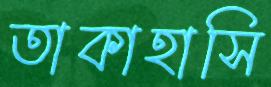
তাকাহাসি